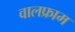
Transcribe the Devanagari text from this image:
वालफ्राम